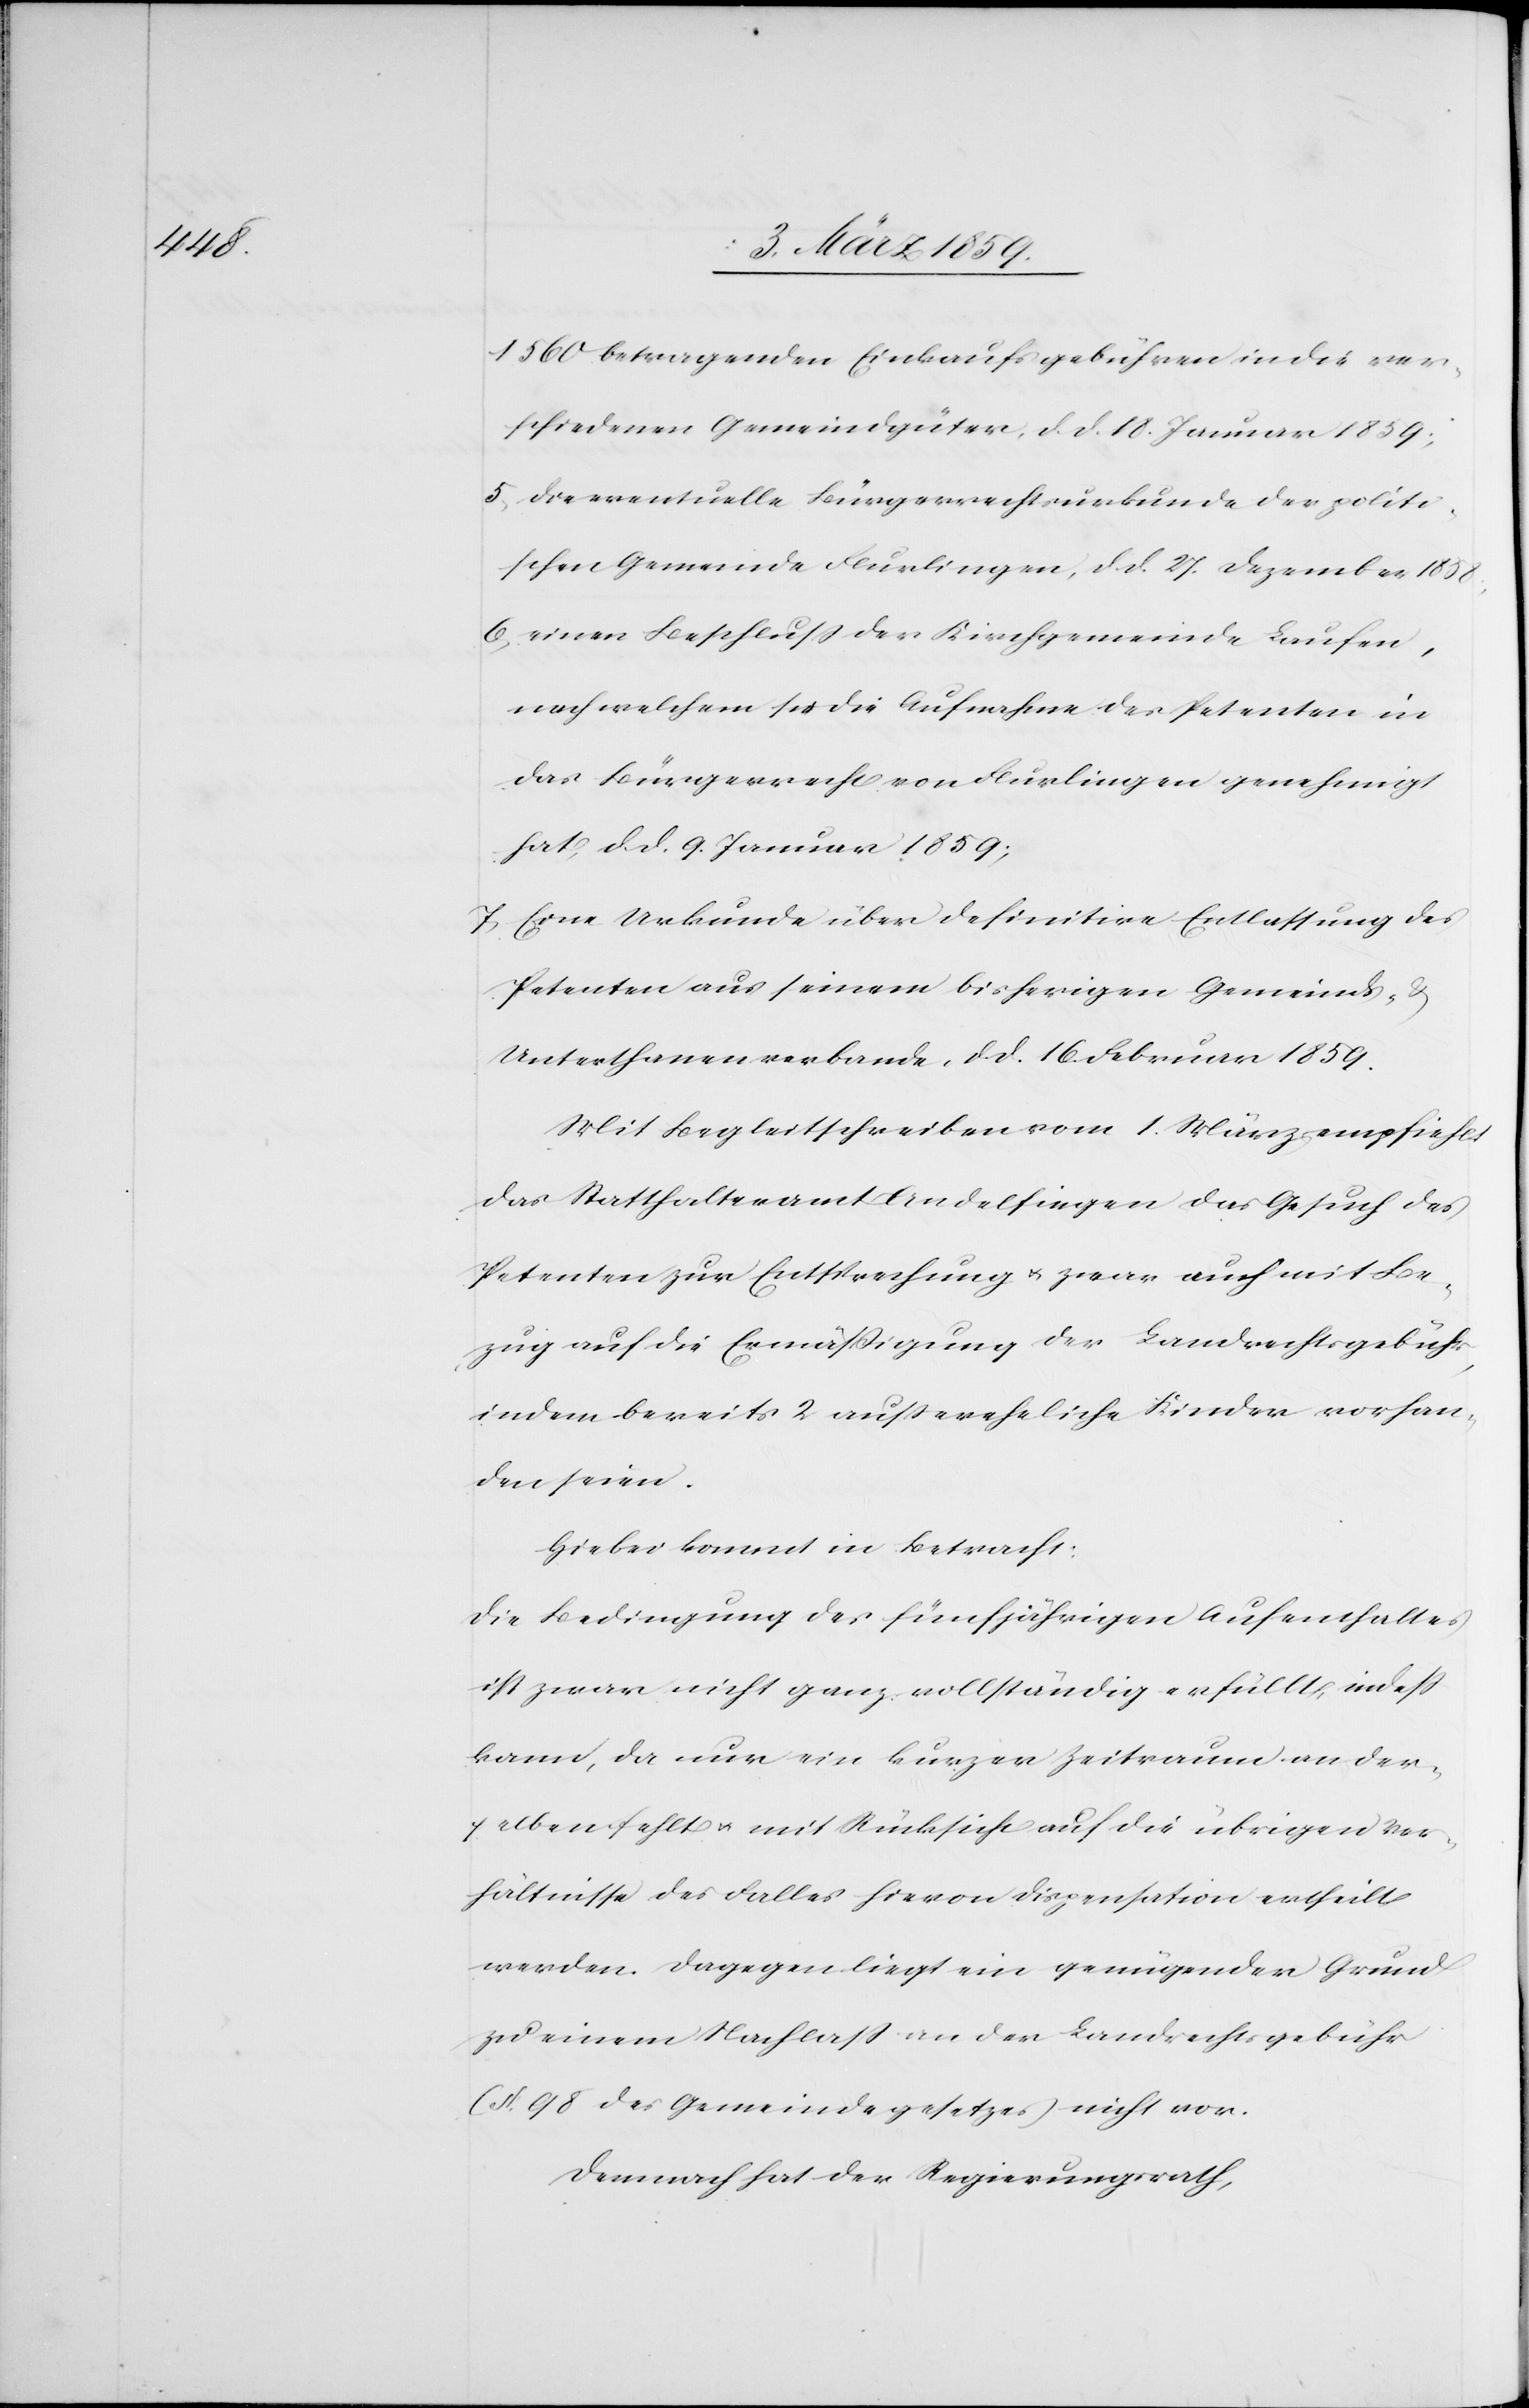
1560 betragenden Einkaufsgebühren in die ver¬
schiedenen Gemeindgüter, d. d. 18. Januar 1859;
5) die eventuelle Bürgerrechtsurkunde der politi¬
schen Gemeinde Flurlingen, d. d. 27. Dezember 1858;
6) einen Beschluß der Kirchgemeinde Laufen,
nach welchem sie die Aufnahme des Petenten in
das Bürgerrecht von Flurlingen genehmigt
hat, d. d. 9. Januar 1859;
7) Eine Urkunde über definitive Entlassung des
Petenten aus seinem bisherigen Gemeinds- &
Unterthanenverbande, d. d. 16. Februar 1859.
Mit Begleitschreiben vom 1. März empfiehlt
das Statthalteramt Andelfingen das Gesuch des
Petenten zur Entsprechung u. zwar auch mit Be¬
zug auf die Ermäßigung der Landrechtsgebühr,
indem bereits 2 außereheliche Kinder vorhan¬
den seien.
Hiebei kommt in Betracht:
Die Bedingung des fünfjährigen Aufenthaltes
ist zwar nicht ganz vollständig erfüllt, indeß
kann, da nur ein kurzer Zeitraum an der¬
selben fehlt u. mit Rücksicht auf die übrigen Ver¬
hältnisse des Falles hievon Dispensation ertheilt
werden. Dagegen liegt ein genügender Grund
zu einem Nachlaß an der Landrechtsgebühr
(§. 98 des Gemeindegesetzes) nicht vor.
Demnach hat der Regierungsrath,